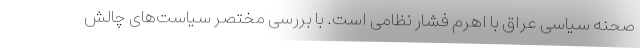
صحنه سیاسی عراق با اهرم فشار نظامی است. با بررسی مختصر سیاست­های چالش